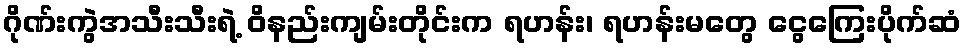
ဂိုဏ်းကွဲအသီးသီးရဲ့ ဝိနည်းကျမ်းတိုင်းက ရဟန်း၊ ရဟန်းမတွေ ငွေကြေးပိုက်ဆံ